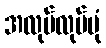
အလုပ်လုပ်ပုံ